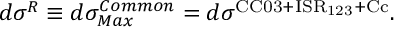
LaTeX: d \sigma ^ { R } \equiv d \sigma _ { M a x } ^ { C o m m o n } = d \sigma ^ { \mathrm { C C 0 3 + I S R _ { 1 2 3 } + C c } } .